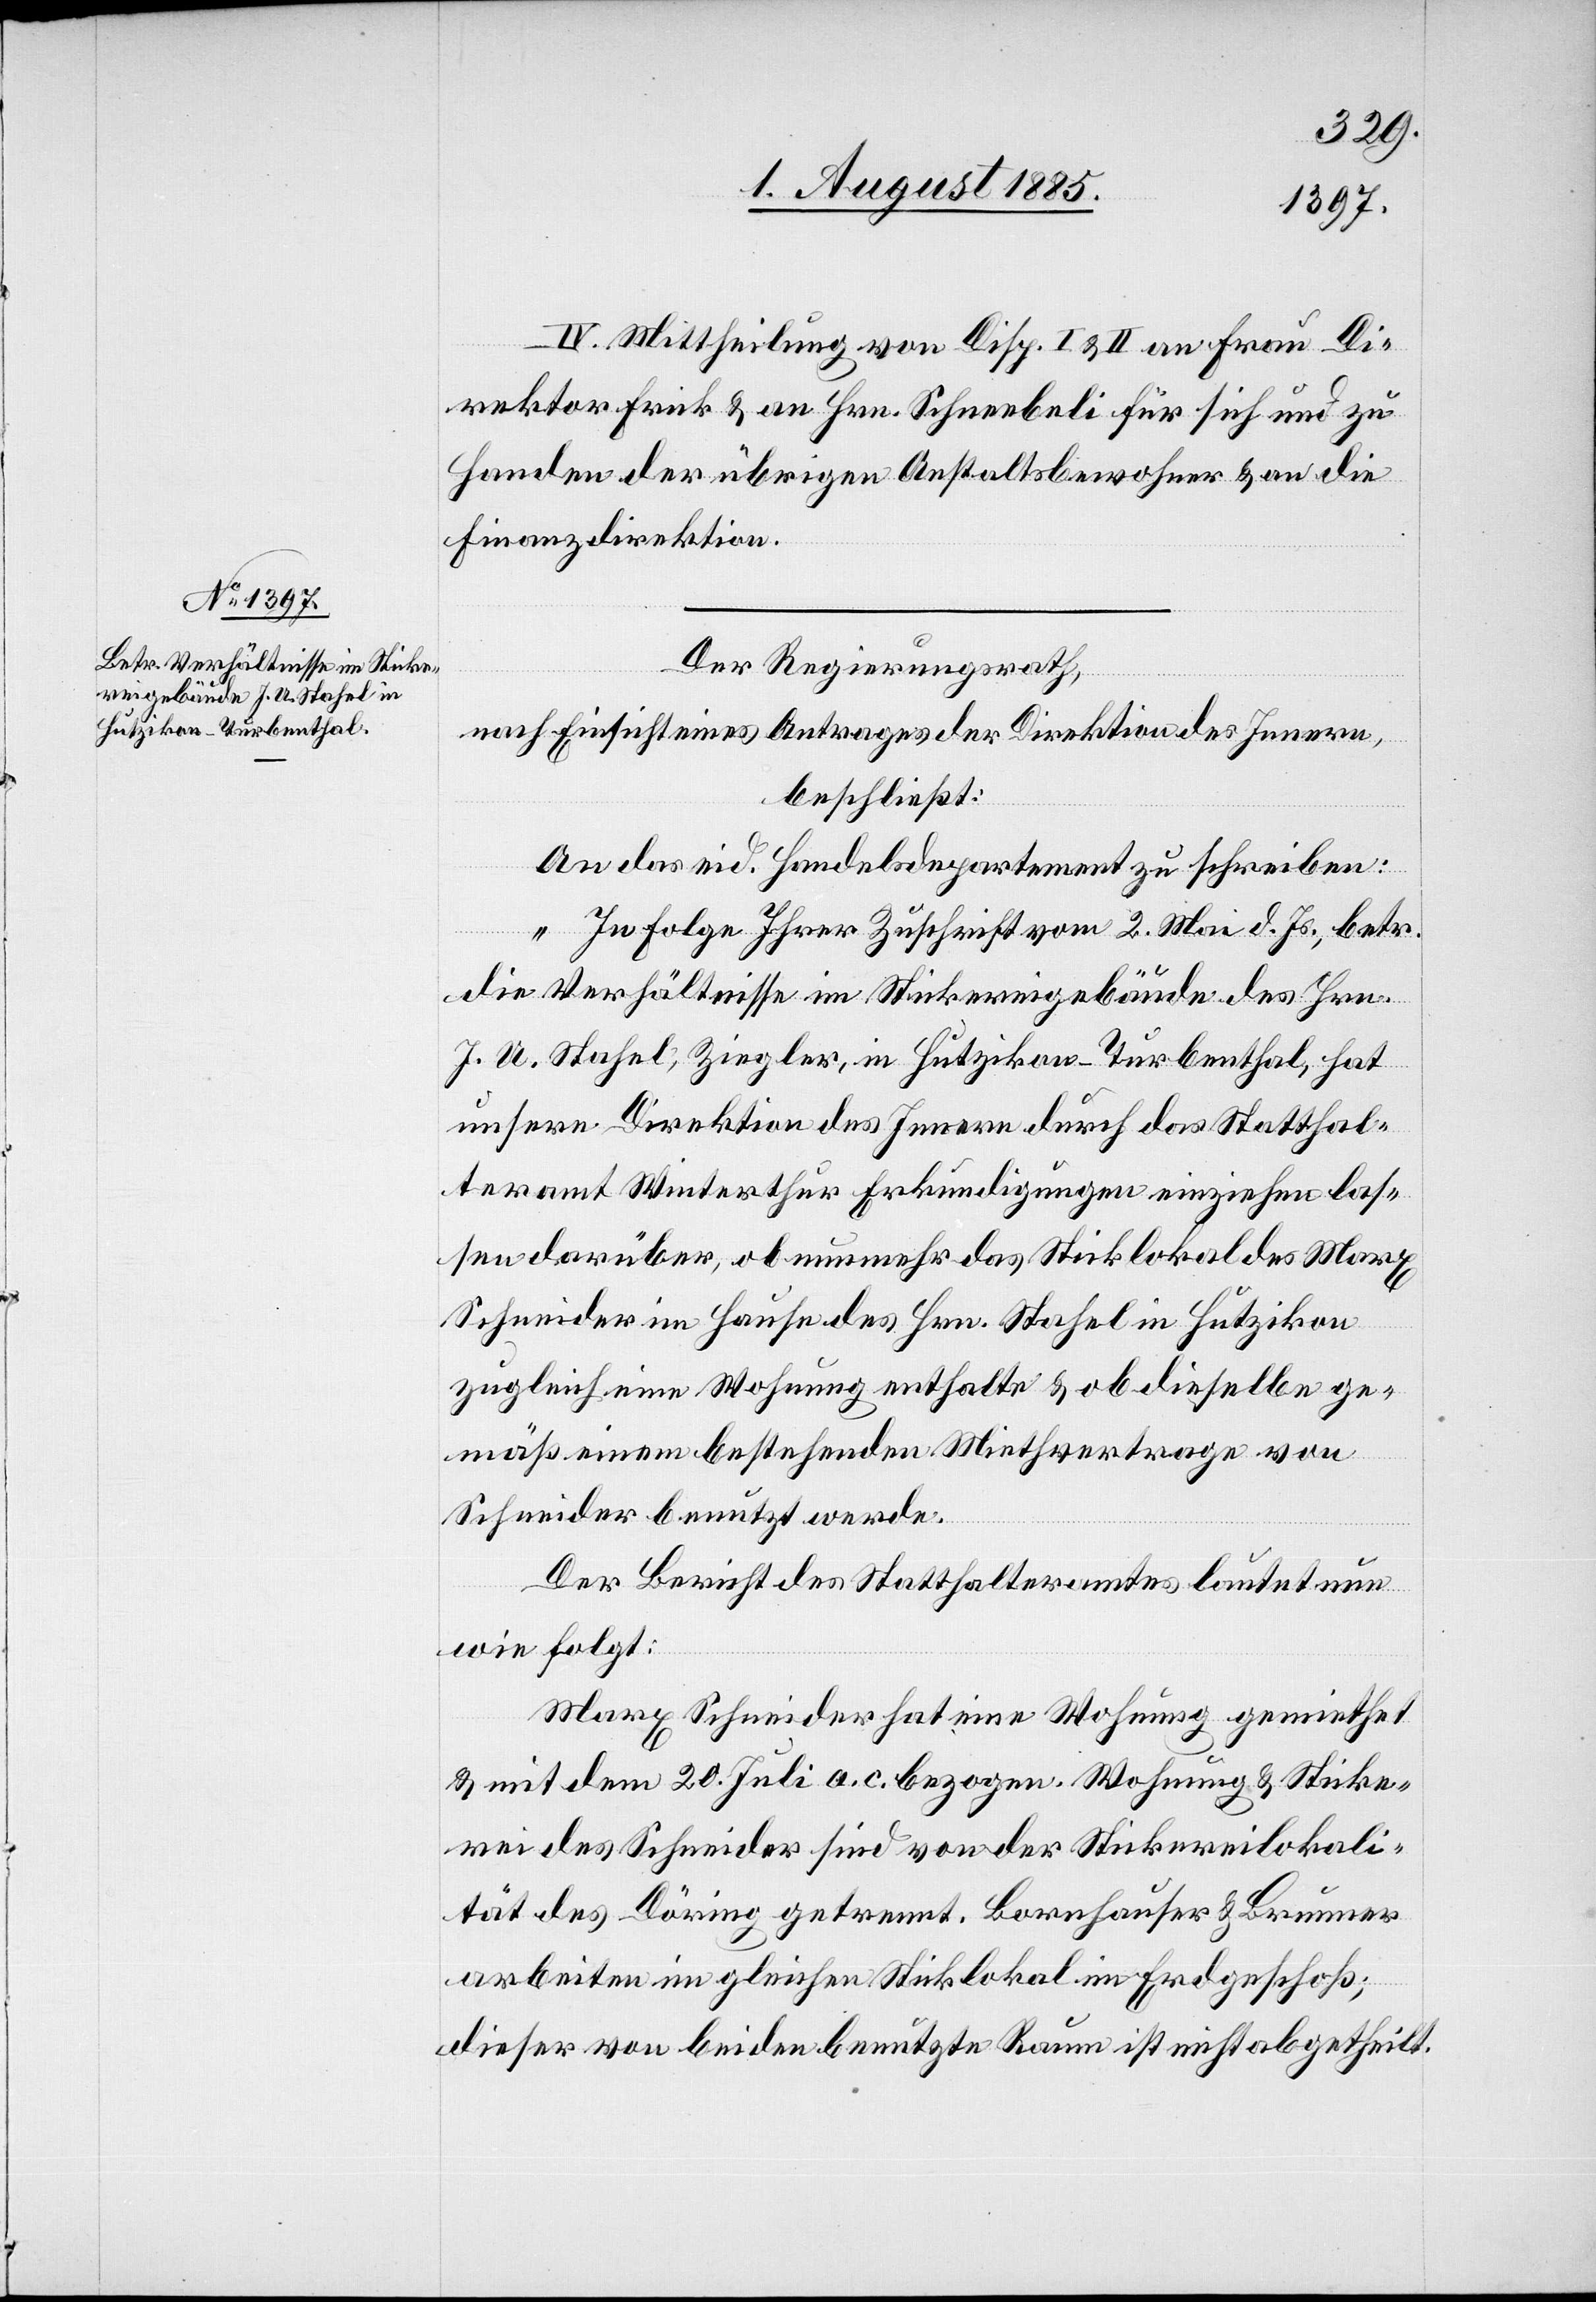
IV. Mittheilung von Disp. I & II an Frau Di¬
rektor Frick & an Hrn. Schneebeli für sich und zu
Handen der übrigen Anstaltsbewohner & an die
Finanzdirektion.
Der Regierungsrath,
nach Einsicht eines Antrages der Direktion des Innern,
beschließt:
An das eid. Handelsdepartement zu schreiben:
„In Folge Ihrer Zuschrift vom 2. Mai d. Js., betr.
die Verhältnisse im Stickereigebäude des Hrn.
J. A. Stahel, Ziegler, in Hutzikon - Turbenthal, hat
unsere Direktion des Innern durch das Statthal¬
teramt Winterthur Erkundigungen einziehen las¬
sen darüber, ob nunmehr das Sticklokal des Marx
Schneider im Hause des Hrn. Stahel in Hutzikon
zugleich eine Wohnung enthalte & ob dieselbe ge¬
mäß einem bestehenden Miethvertrage von
Schneider benutzt werde.
Der Bericht des Statthalteramtes lautet nun
wie folgt:
Marx Schneider hat eine Wohnung gemiethet
& mit dem 20. Juli a. c. bezogen. Wohnung & Sticke¬
rei des Schneider sind von der Stickereilokali¬
tät des Döring getrennt. Bornhauser & Brunner
arbeiten im gleichen Sticklokal im Erdgeschoß;
dieser von beiden benutzte Raum ist nicht abgetheilt.